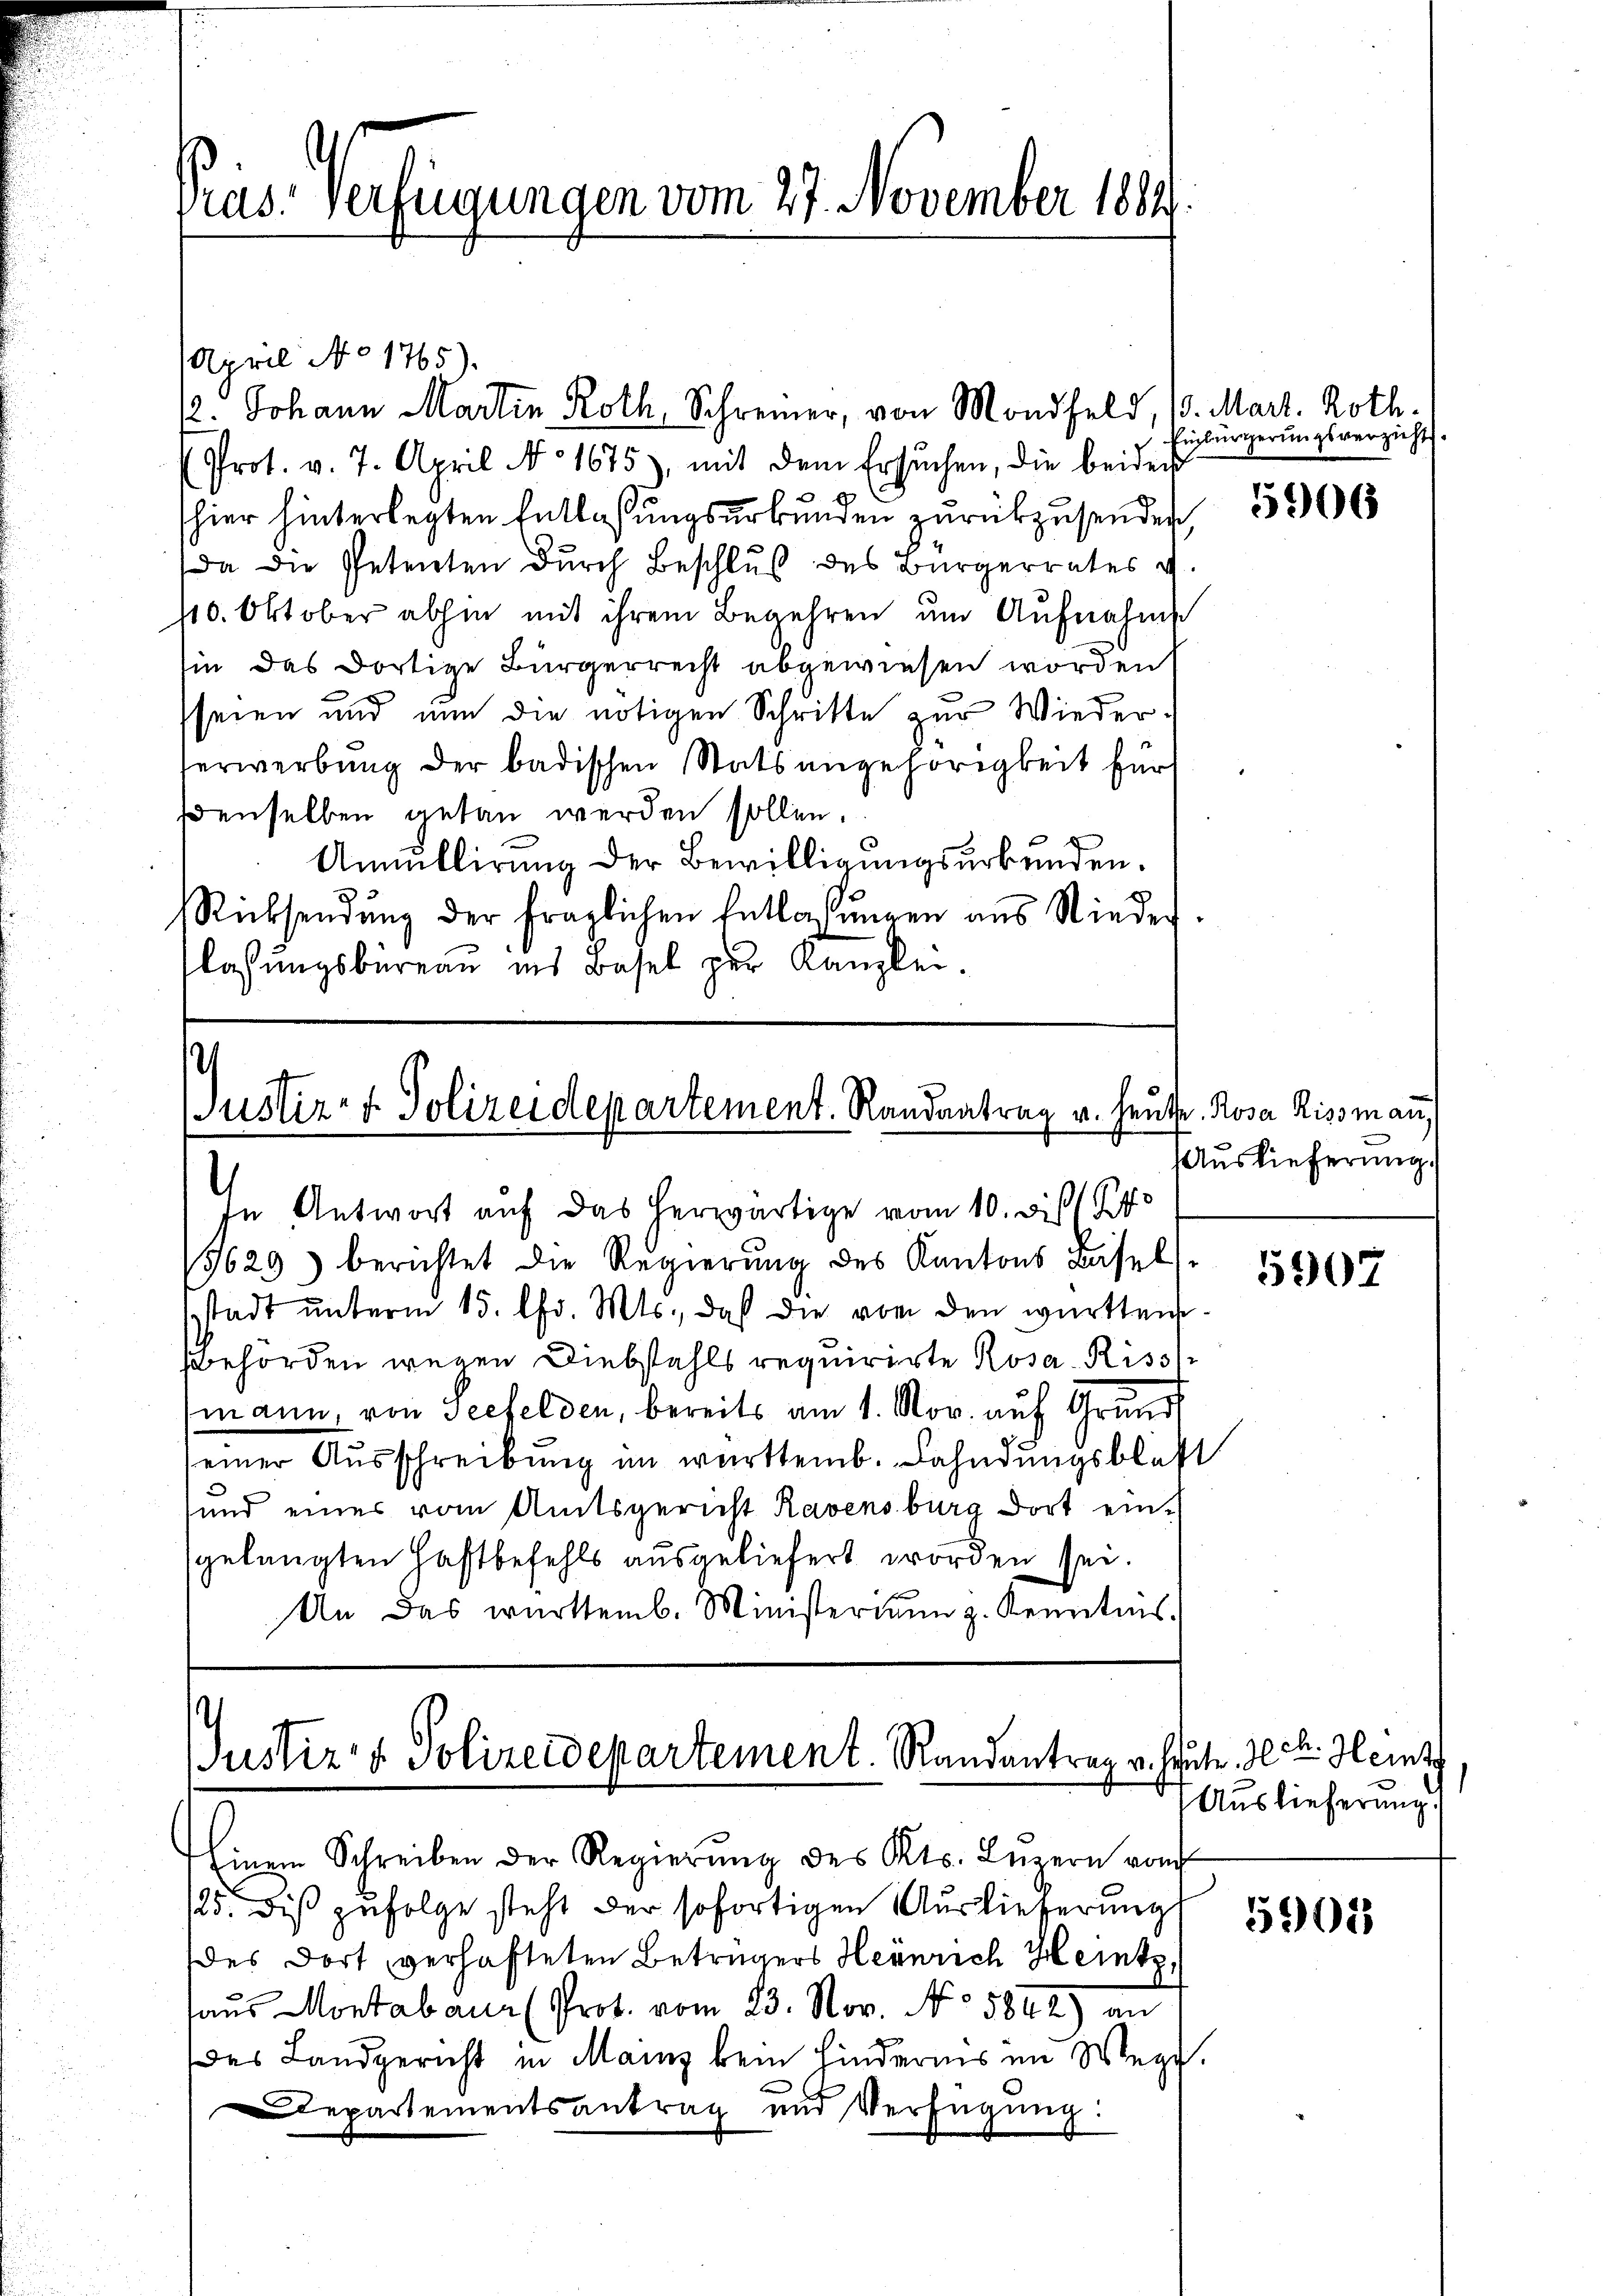
April No 1765).
12. Johann Martin Roth, Schreiner, von Mondfeld, 10. Mart. Roth.
Prot. v. 7. April No 1675), mit dem Ersuchen, die beiders
E
hier hinterlegten Entlaßungsurkungen zurückzusender
Da die Petenten durch Beschluß des Bürgerrates v
110. Oktober abhin mit ihrem Begehren um Aufnahme
sie das dortige Bürgerrecht abgewiesen worden
seien und nun die nötigen Schritte zur Wieder-
erwerbung der badischen Statsangehörigkeit für
denselben getan werden sollen.
Annullirung der Bewilligungsurkunden.
Rücksendŭng der fraglichen Entlassŭngen aus Nieder.
flassŭngsbüreaŭ ins Basel zur Kanzlei.

Pras. Verfügungen vom 27. November 1884.

ustiz- & Polizeidepartement. Randantrag v. Heute. Rosa Riss man,
In Antwort auf das herwärtige vom 10. bis

3629) berichtet die Regierung des Kantons Basel-
stadt ŭnterm 15. Chr. Mts., daß die von den württen
Bbehörden wegen Diebstahls requirirte Rosa Riss
mann, von Seefelden, bereits am 1. Nov. auf Grund
einer Ausschreibung im württemb. Fahndungsblatt
sund eines vom Amtsgericht Ravensburg dort ein-
gelangten Haftbefehls ausgeliefert worden sei.
An das württemb. Ministerium z. Kenntnis.

Justiz- & Polizeidepartement. Randantrag v. heute. Ich. Heit

Einbürgerungsverzicht

Auslieferung.

Einem Schreiben der Regierŭng des Kts. Lŭzern vom
125. dis zufolge steht der sofortigen Auslieferung
des dort verhafteten Betrügers Heinrich Heintz,
aus Montabaur (Prot. vom 23. Nov. No 5842.) an
Das Landgericht in Mann kein Hindernis im Wege,
Departementsantrag und Verfügung:

5906

5907

Auslieferung.

5901